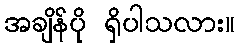
အချိန်ပို ရှိပါသလား။